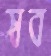
স্বব